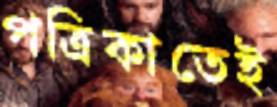
পত্রিকাতেই